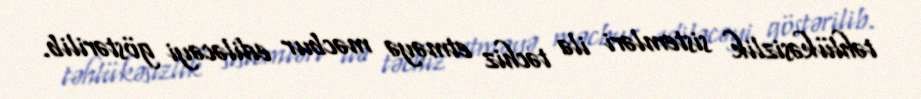
təhlükəsizlik sistemləri ilə təchiz etməyə məcbur ediləcəyi göstərilib.